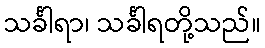
သင်္ခါရာ၊ သင်္ခါရတို့သည်။